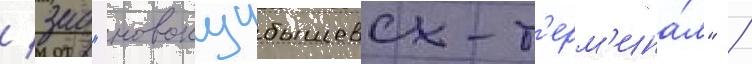
/ зао "новокуибышевск-т'ерм'ина́л" /